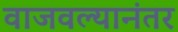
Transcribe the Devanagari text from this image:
वाजवल्यानंतर